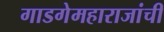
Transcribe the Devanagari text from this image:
गाडगेमहाराजांची